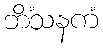
ဘိံသနကံ